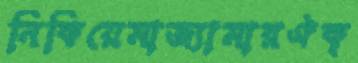
নিকিয়েমাজ্যামারঐক্